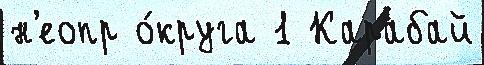
н'еопр о́круга 1 Карабай